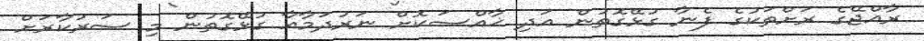
ރާއްޖޭގެ ރަށްތަކުގެ ފެނާ ގުޅޭގޮތުން އަދި ޚާއްޞަކޮށް ނަރުދަމާއާ ގުޅޭގޮތުން މި ސަރުކާރަށް